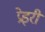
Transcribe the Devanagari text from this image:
प्रेइरी